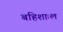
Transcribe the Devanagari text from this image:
बहिशाःल